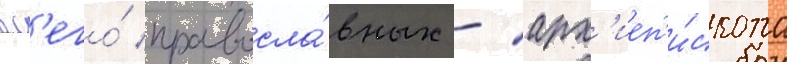
вс'его́ правосла́вных - арх'иеп'и́скопа